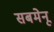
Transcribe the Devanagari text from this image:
सबमेनू